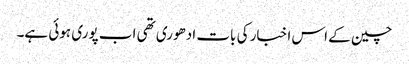
چین کے اس اخبار کی بات ادھوری تھی اب پوری ہوئی ہے۔